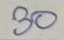
30